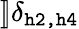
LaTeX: ]\! ]\delta_{\texttt{h2,h4}}